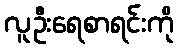
လူဦးရေစာရင်းကို